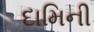
દામિની